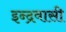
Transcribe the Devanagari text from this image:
इन्द्रवासी